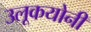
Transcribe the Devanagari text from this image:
उलूकयोनी